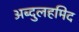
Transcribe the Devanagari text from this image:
अब्दुलहमिद